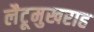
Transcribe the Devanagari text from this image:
लैटूमुखराह